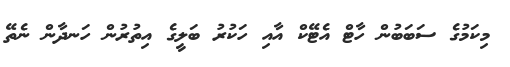
މިކަމުގެ ސަބަބުން ހާޓް އެޓޭކް އާއި ހަކުރު ބަލީގެ އިތުރުން ހަނދާން ނެތޭ